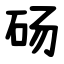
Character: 砀